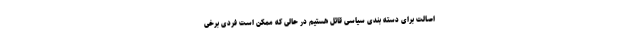
اصالت برای دسته بندی سیاسی قائل هستیم در حالی که ممکن است فردی برخی